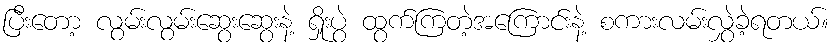
ပြီးတော့ လွမ်းလွမ်းဆွေးဆွေးနဲ့ ရှိုးပွဲ ထွက်ကြတဲ့အကြောင်းနဲ့ စကားလမ်းလွှဲခဲ့ရတယ်။